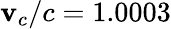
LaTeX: \mathbf{v}_{c}/c=1.0003